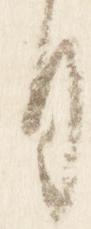
月